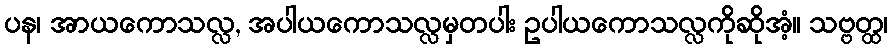
ပန၊ အာယကောသလ္လ, အပါယကောသလ္လမှတပါး ဥပါယကောသလ္လကိုဆိုအံ့။ သဗ္ဗတ္ထ၊